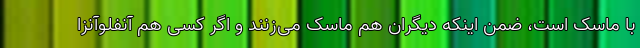
با ماسک است، ضمن اینکه دیگران هم ماسک می‌زنند و اگر کسی هم آنفلوآنزا